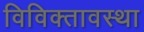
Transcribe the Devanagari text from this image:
विविक्तावस्था